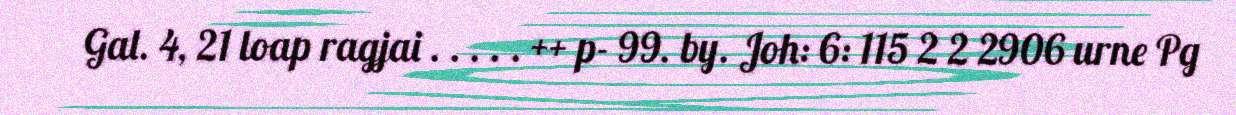
Gal. 4, 21 loap ragjai . . . . . ++ p- 99. by. Joh: 6: 115 2 2 2906 urne Pg